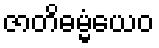
ဇာတိဓမ္မံယေဝ